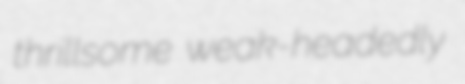
thrillsome weak-headedly